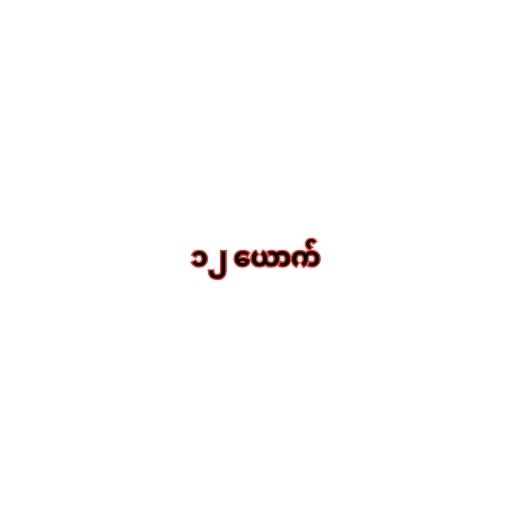
၁၂ ယောက်